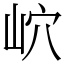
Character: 岤